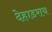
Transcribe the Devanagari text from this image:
देहाडराय